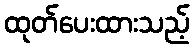
ထုတ်ပေးထားသည့်